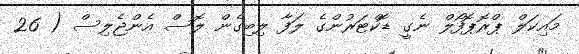
މައިކަލް ޕްރޮޕޮފޯލް ނެގީ ޑޮކްޓަރުންގެ ލަފާ ލިބިގެން ލޮސް އެންޖެލިސް ( 26